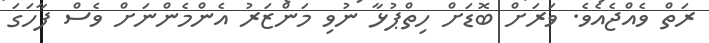
ރަތް ވެއްޖެއެވެ. ވަރަށް ބޮޑަށް ހިތްޕުޅާ ނުވި މަންޒަރު އެންމެންނަށް ވެސް ފާހަގަ